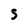
Character: S